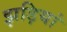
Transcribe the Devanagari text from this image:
झड़ियां